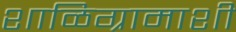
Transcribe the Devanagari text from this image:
शाळिग्रामाशी